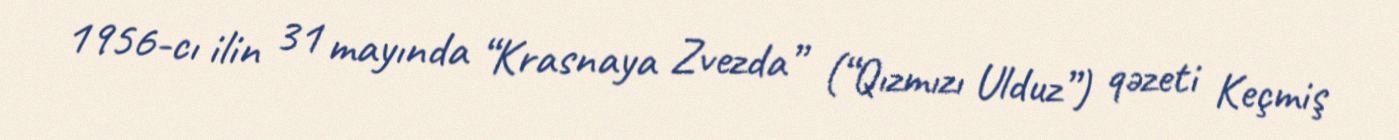
1956-cı ilin 31 mayında “Krasnaya Zvezda” (“Qızmızı Ulduz”) qəzeti Keçmiş